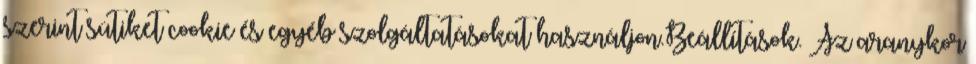
szerint sütiket cookie és egyéb szolgáltatásokat használjon.Beállítások. Az aranykor